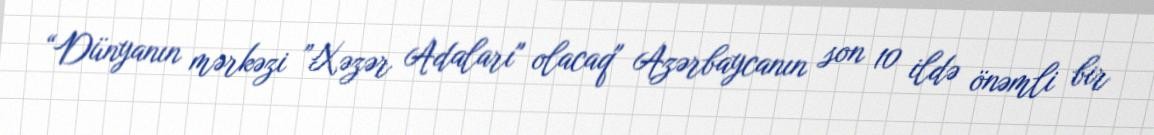
“Dünyanın mərkəzi ”Xəzər Adaları" olacaq" Azərbaycanın son 10 ildə önəmli bir